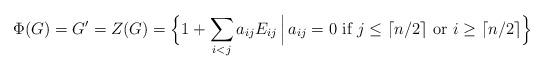
LaTeX: \begin{align*} \Phi(G)=G'=Z(G)= \Big\{1+\sum_{i<j} a_{ij}E_{ij}\,\Big|\,a_{ij}=0\textrm{ if } j\leq\lceil n/2\rceil \textrm{ or }i\geq \lceil n/2\rceil\Big\} \end{align*}